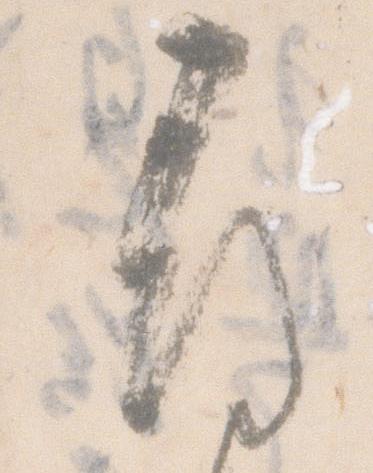
尋